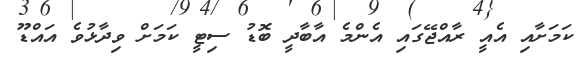
ކަމަށާއި އެއީ ރާއްޖޭގައި އެންމެ އާބާދީ ބޮޑު ސިޓީ ކަމަށް ވިދާޅުވެ އައްޑޫ